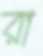
রা